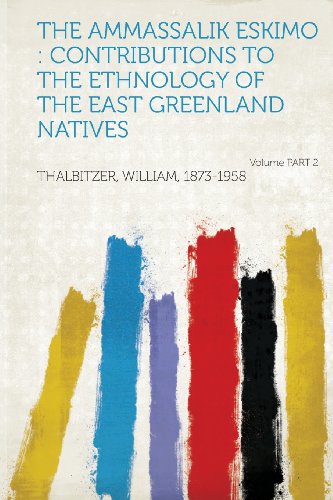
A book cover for The Ammassalik Eskimo: Contributions to the Ethnology of the East Greenland Natives Volume Part 2; Thalbitzer William 1873-1958; History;